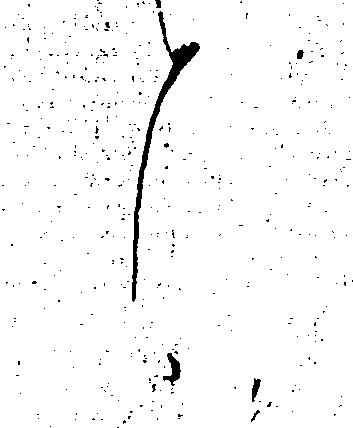
候